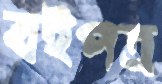
বইপত্র